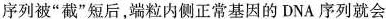
序列被”截”短后，端粒内侧正常基因的DNA序列就会